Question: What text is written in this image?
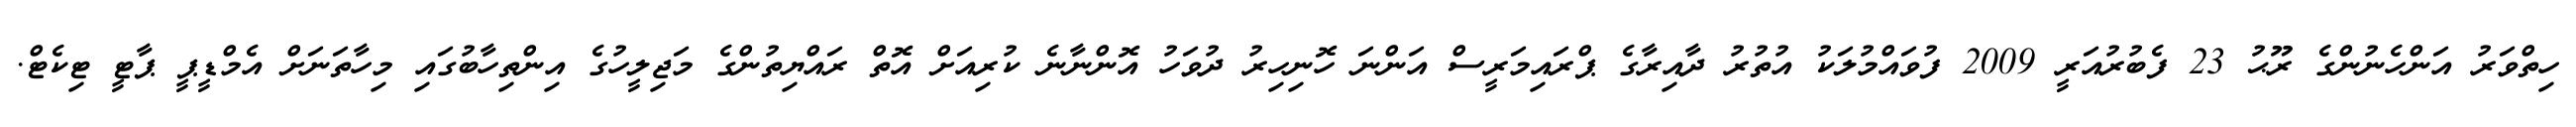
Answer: ހިތްވަރު އަންހެނުންގެ ރޫޙު 23 ފެބުރުއަރީ 2009 ފުވައްމުލަކު އުތުރު ދާއިރާގެ ޕްރައިމަރީސް އަންނަ ހޮނިހިރު ދުވަހު އޮންނާނެ ކުރިއަށް އޮތް ރައްޔިތުންގެ މަޖިލީހުގެ އިންތިހާބުގައި މިހާތަނަށް އެމްޑީޕީ ޕާޓީ ޓިކެޓް.